Lunatic asylums Madras 1877-1891 - 1877-1891
Year: 1877
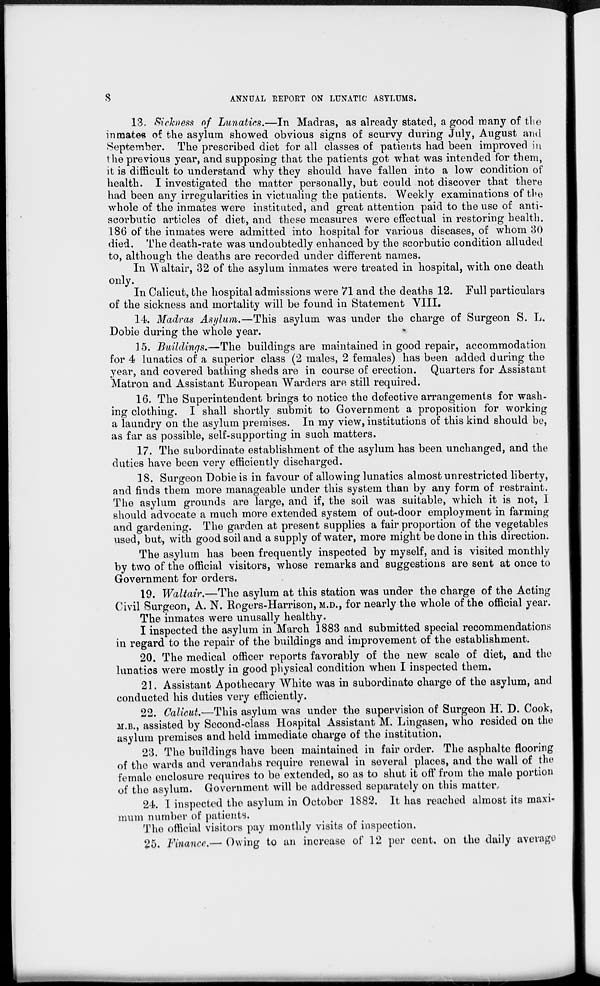
8
ANNUAL REPORT ON LUNATIC ASYLUMS.
13. Sickness of Lunatics.—In Madras, as already stated, a good many of the
inmates of the asylum showed obvious signs of scurvy during July, August and
September. The prescribed diet for all classes of patients had been improved in
the previous year, and supposing that the patients got what was intended for them,
it is difficult to understand why they should have fallen into a low condition of
health. I investigated the matter personally, but could not discover that there
had been any irregularities in victualing the patients. Weekly examinations of the
whole of the inmates were instituted, and great attention paid to the use of anti-
scorbutic articles of diet, and these measures were effectual in restoring health.
186 of the inmates were admitted into hospital for various diseases, of whom 30
died. The death-rate was undoubtedly enhanced by the scorbutic condition alluded
to, although the deaths are recorded under different names.
In Waltair, 32 of the asylum inmates were treated in hospital, with one death
only.
In Calicut, the hospital admissions were 71 and the deaths 12. Full particulars
of the sickness and mortality will be found in Statement VIII.
14. Madras Asylum.—This asylum was under the charge of Surgeon S. L.
Dobie during the whole year.
15. Buildings.—The buildings are maintained in good repair, accommodation
for 4 lunatics of a superior class (2 males, 2 females) has been added during the
year, and covered bathing sheds are in course of erection. Quarters for Assistant
Matron and Assistant European Warders are still required.
16. The Superintendent brings to notice the defective arrangements for wash-
ing clothing. I shall shortly submit to Government a proposition for working
a laundry on the asylum premises. In my view, institutions of this kind should be,
as far as possible, self-supporting in such matters.
17. The subordinate establishment of the asylum has been unchanged, and the
duties have been very efficiently discharged.
18. Surgeon Dobie is in favour of allowing lunatics almost unrestricted liberty,
and finds them more manageable under this system than by any form of restraint.
The asylum grounds are large, and if, the soil was suitable, which it is not, I
should advocate a much more extended system of out-door employment in farming
and gardening. The garden at present supplies a fair proportion of the vegetables
used, but, with good soil and a supply of water, more might be done in this direction.
The asylum has been frequently inspected by myself, and is visited monthly
by two of the official visitors, whose remarks and suggestions are sent at once to
Government for orders.
19. Waltair.—The asylum at this station was under the charge of the Acting
Civil Surgeon, A. N. Rogers-Harrison, M.D., for nearly the whole of the official year.
The inmates were unusally healthy.
I inspected the asylum in March 1883 and submitted special recommendations
in regard to the repair of the buildings and improvement of the establishment.
20. The medical officer reports favorably of the new scale of diet, and the
lunatics were mostly in good physical condition when I inspected them.
21. Assistant Apothecary White was in subordinate charge of the asylum, and
conducted his duties very efficiently.
22. Calicut.—This asylum was under the supervision of Surgeon H. D. Cook,
M.B., assisted by Second-class Hospital Assistant M. Lingasen, who resided on the
asylum premises and held immediate charge of the institution,
23. The buildings have been maintained in fair order. The asphalte flooring
of the wards and verandahs require renewal in several places, and the wall of the
female enclosure requires to be extended, so as to shut it off from the male portion
of the asylum. Government will be addressed separately on this matter.
24. I inspected the asylum in October 1882. It has reached almost its maxi-
mum number of patients.
The official visitors pay monthly visits of inspection.
25. Finance.— Owing to an increase of 12 per cent. on the daily average